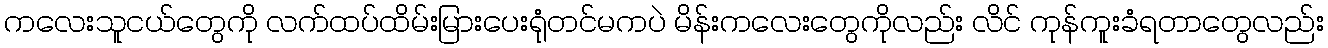
ကလေးသူငယ်တွေကို လက်ထပ်ထိမ်းမြားပေးရုံတင်မကပဲ မိန်းကလေးတွေကိုလည်း လိင် ကုန်ကူးခံရတာတွေလည်း